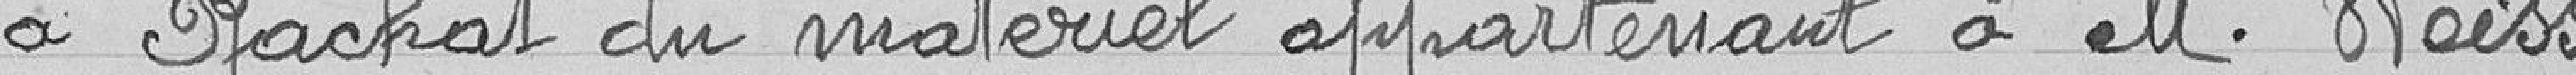
a Rachat du matériel appartenant à M. Weiss